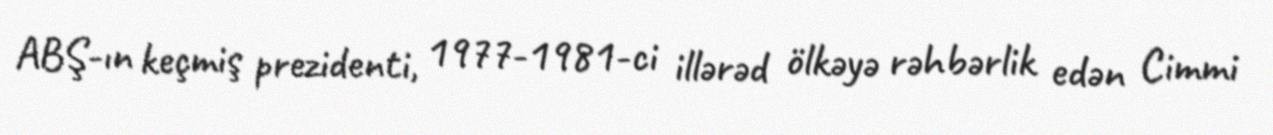
ABŞ-ın keçmiş prezidenti, 1977-1981-ci illərəd ölkəyə rəhbərlik edən Cimmi